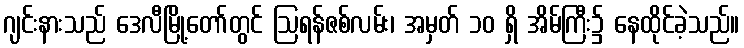
ဂျင်းနားသည် ဒေလီမြို့တော်တွင် ဩရန်ဇစ်လမ်း၊ အမှတ် ၁၀ ရှိ အိမ်ကြီး၌ နေထိုင်ခဲ့သည်။